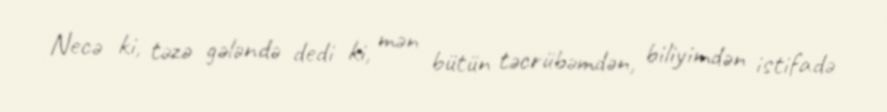
Necə ki, təzə gələndə dedi ki, mən bütün təcrübəmdən, biliyimdən istifadə